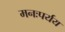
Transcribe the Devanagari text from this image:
मनःपर्यय